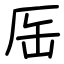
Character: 厒